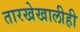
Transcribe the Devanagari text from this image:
तारखेखालीही